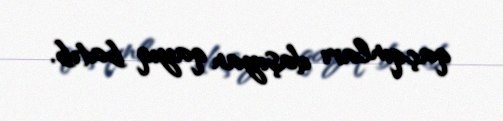
qaçqınları daşıyan qayıq batıb.